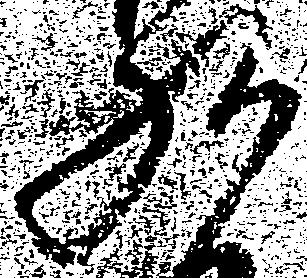
九